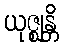
ယုဇ္ဈန္တိ